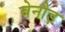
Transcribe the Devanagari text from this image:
बेनौड़